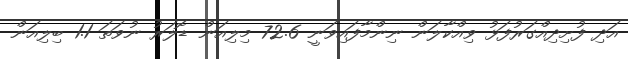
އަދި ފުށިދިއްގަރުފަޅު ވިއްކާލަން ނިންމާފައިވަނީ 72.6 މިލިއަން ޑޮލަރު ނުވަތަ 1.1 ބިލިއަން